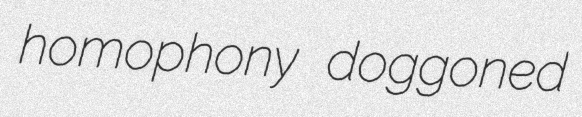
homophony doggoned